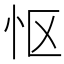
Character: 怄